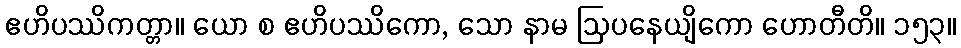
ဧဟိပဿိကတ္တာ။ ယော စ ဧဟိပဿိကော, သော နာမ ဩပနေယျိကော ဟောတီတိ။ ၁၅၃။